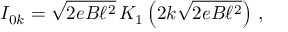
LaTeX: I _ { 0 k } = \sqrt { 2 e B \ell ^ { 2 } } \, K _ { 1 } \left( 2 k \sqrt { 2 e B \ell ^ { 2 } } \right) \, ,